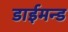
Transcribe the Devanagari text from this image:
डाईमन्ड